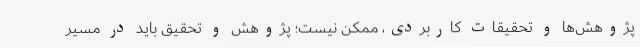
پژوهش‌ها و تحقیقات کاربردی، ممکن نیست؛ پژوهش و تحقیق باید در مسیر